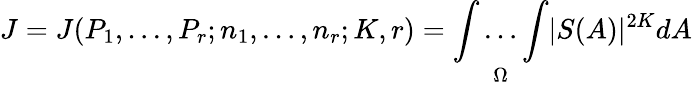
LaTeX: J=J(P_{1},\dots,P_{r};n_{1},\dots,n_{r};K,r)={\underset{\Omega}{\int\dots\int}}|S(A)|^{2K}dA